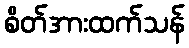
စိတ်အားထက်သန်